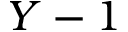
Y - 1